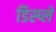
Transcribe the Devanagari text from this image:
डिस्‍प्ले